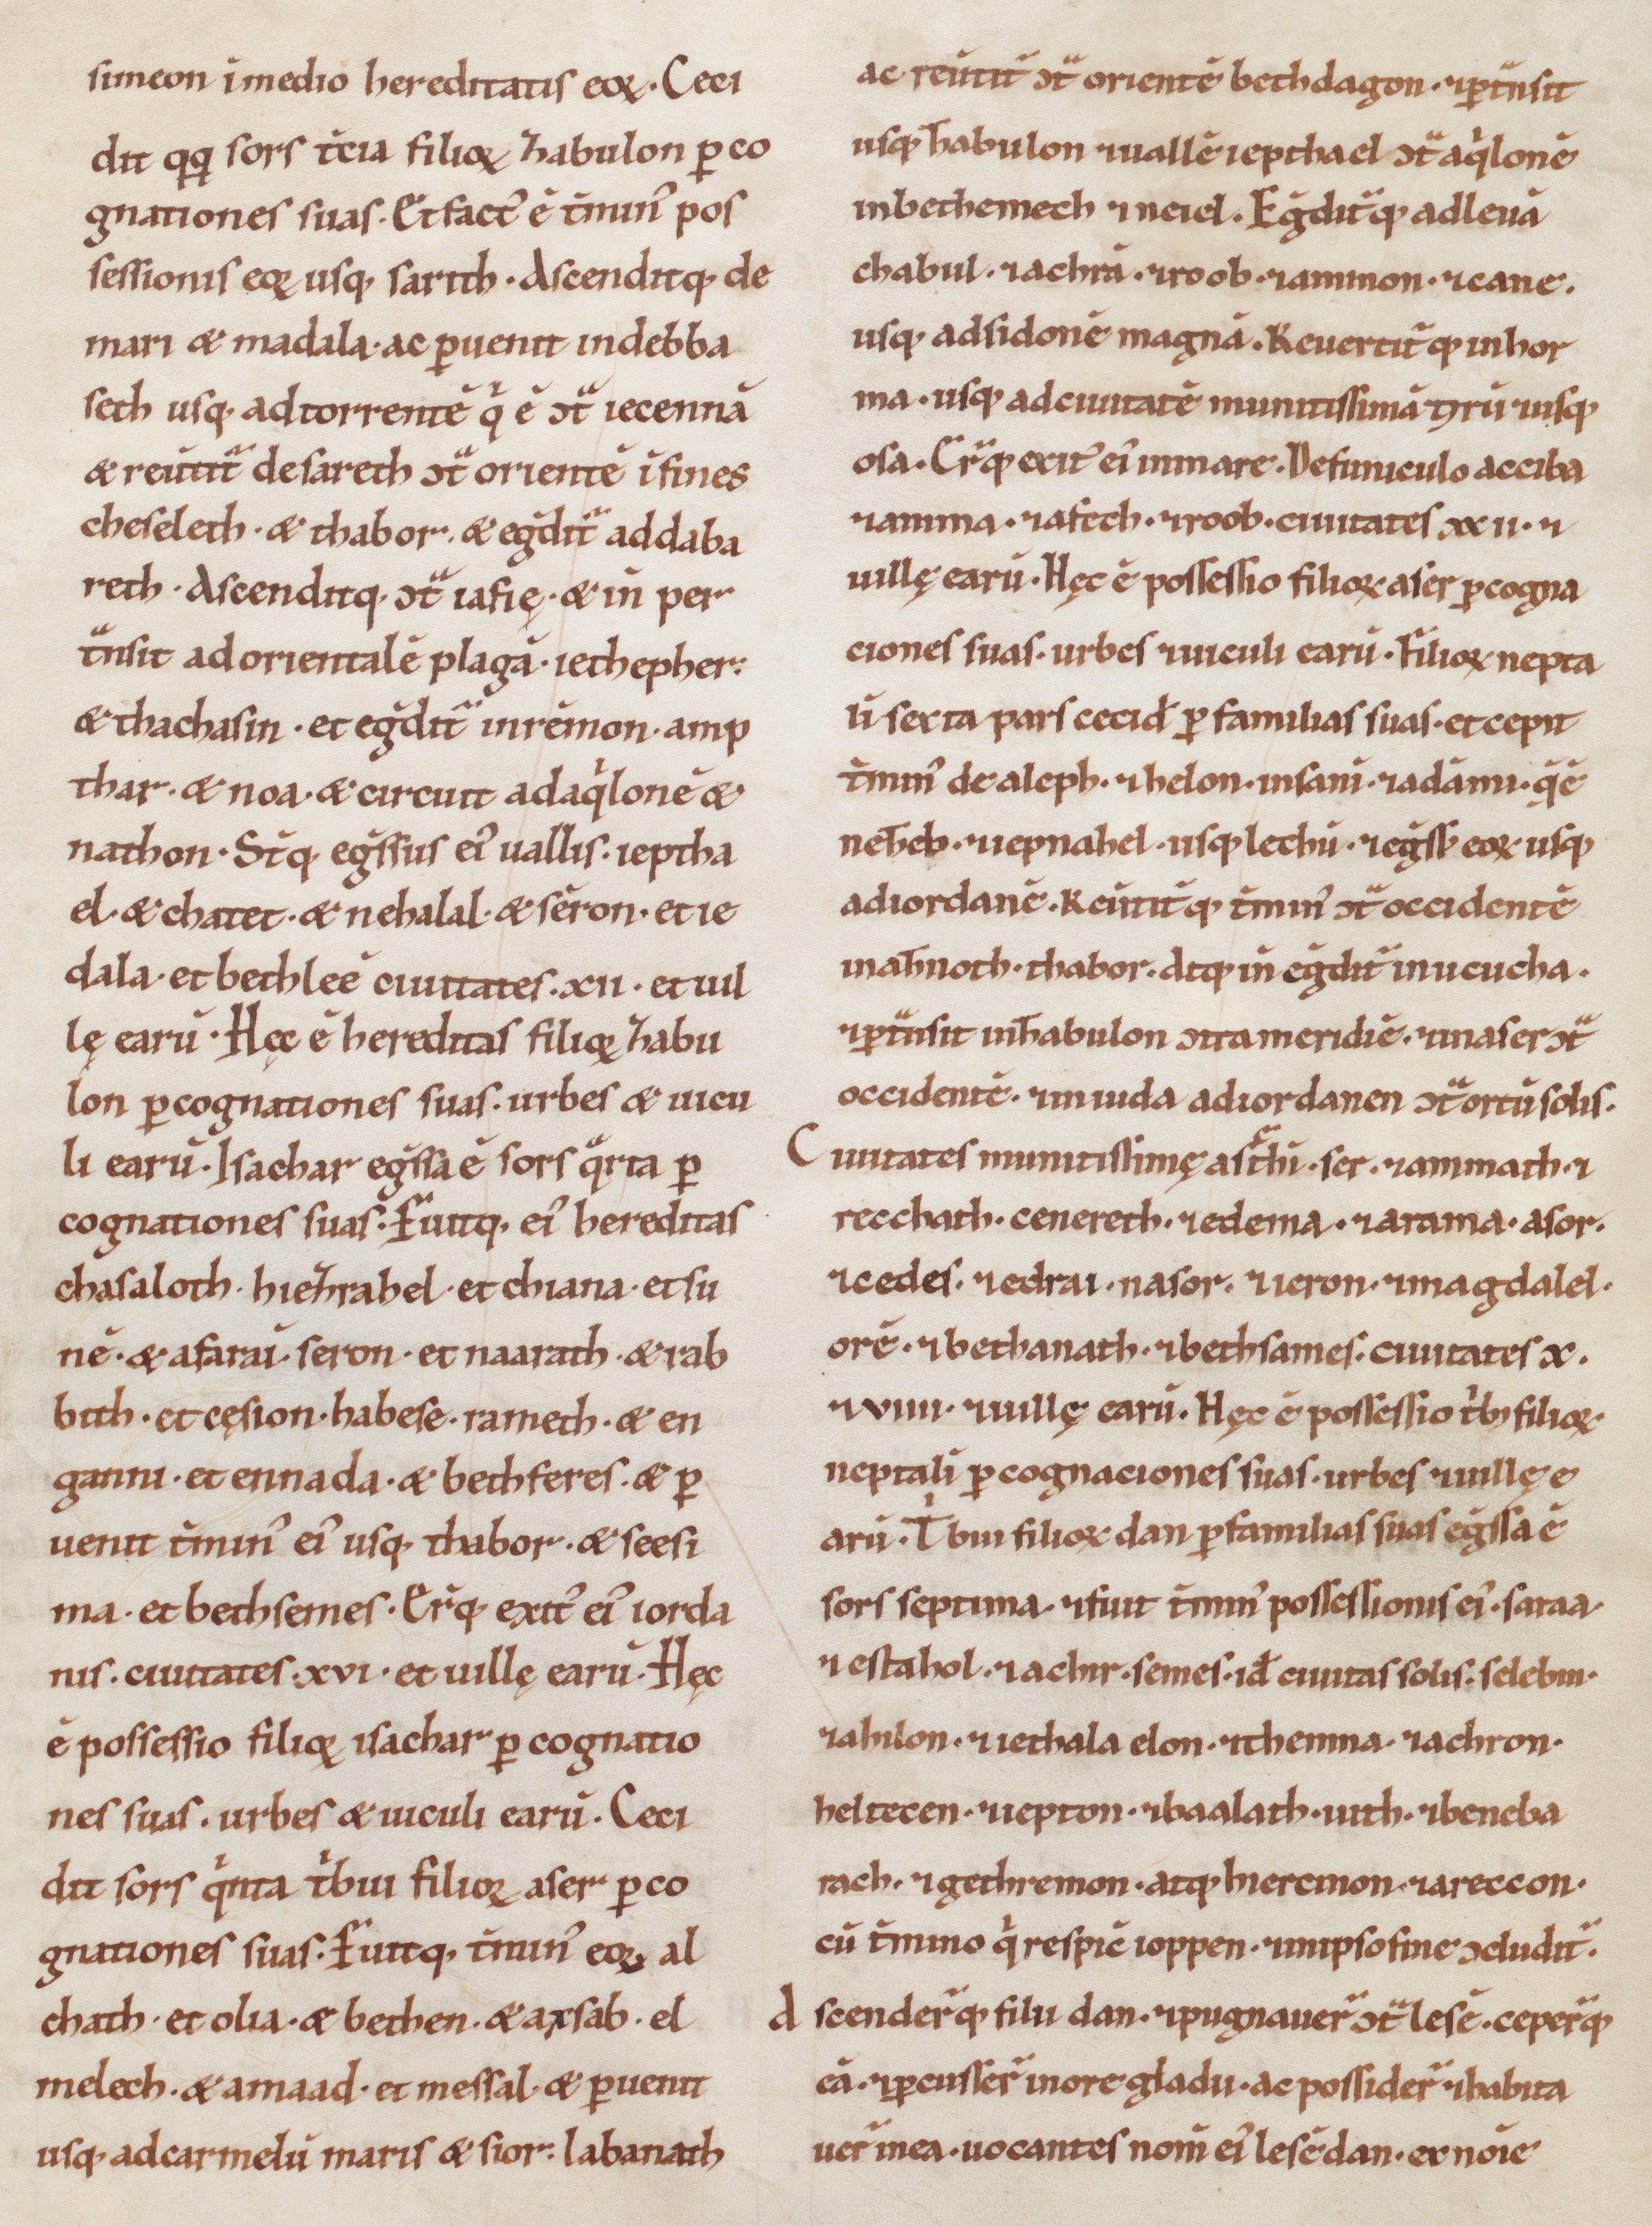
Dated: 1100–1199